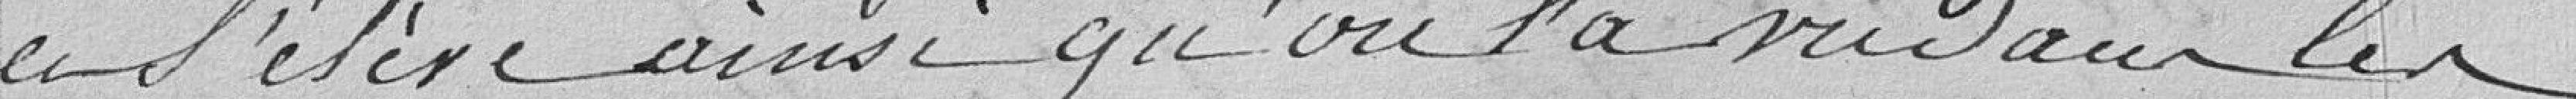
et s'élève ainsi qu'on la vu dans les